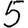
Digit: 5